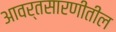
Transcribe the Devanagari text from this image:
आवर्तसारणीतील